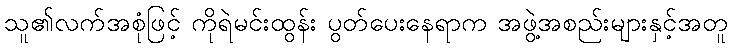
သူ၏လက်အစုံဖြင့် ကိုရဲမင်းထွန်း ပွတ်ပေးနေရာက အဖွဲ့အစည်းများနှင့်အတူ